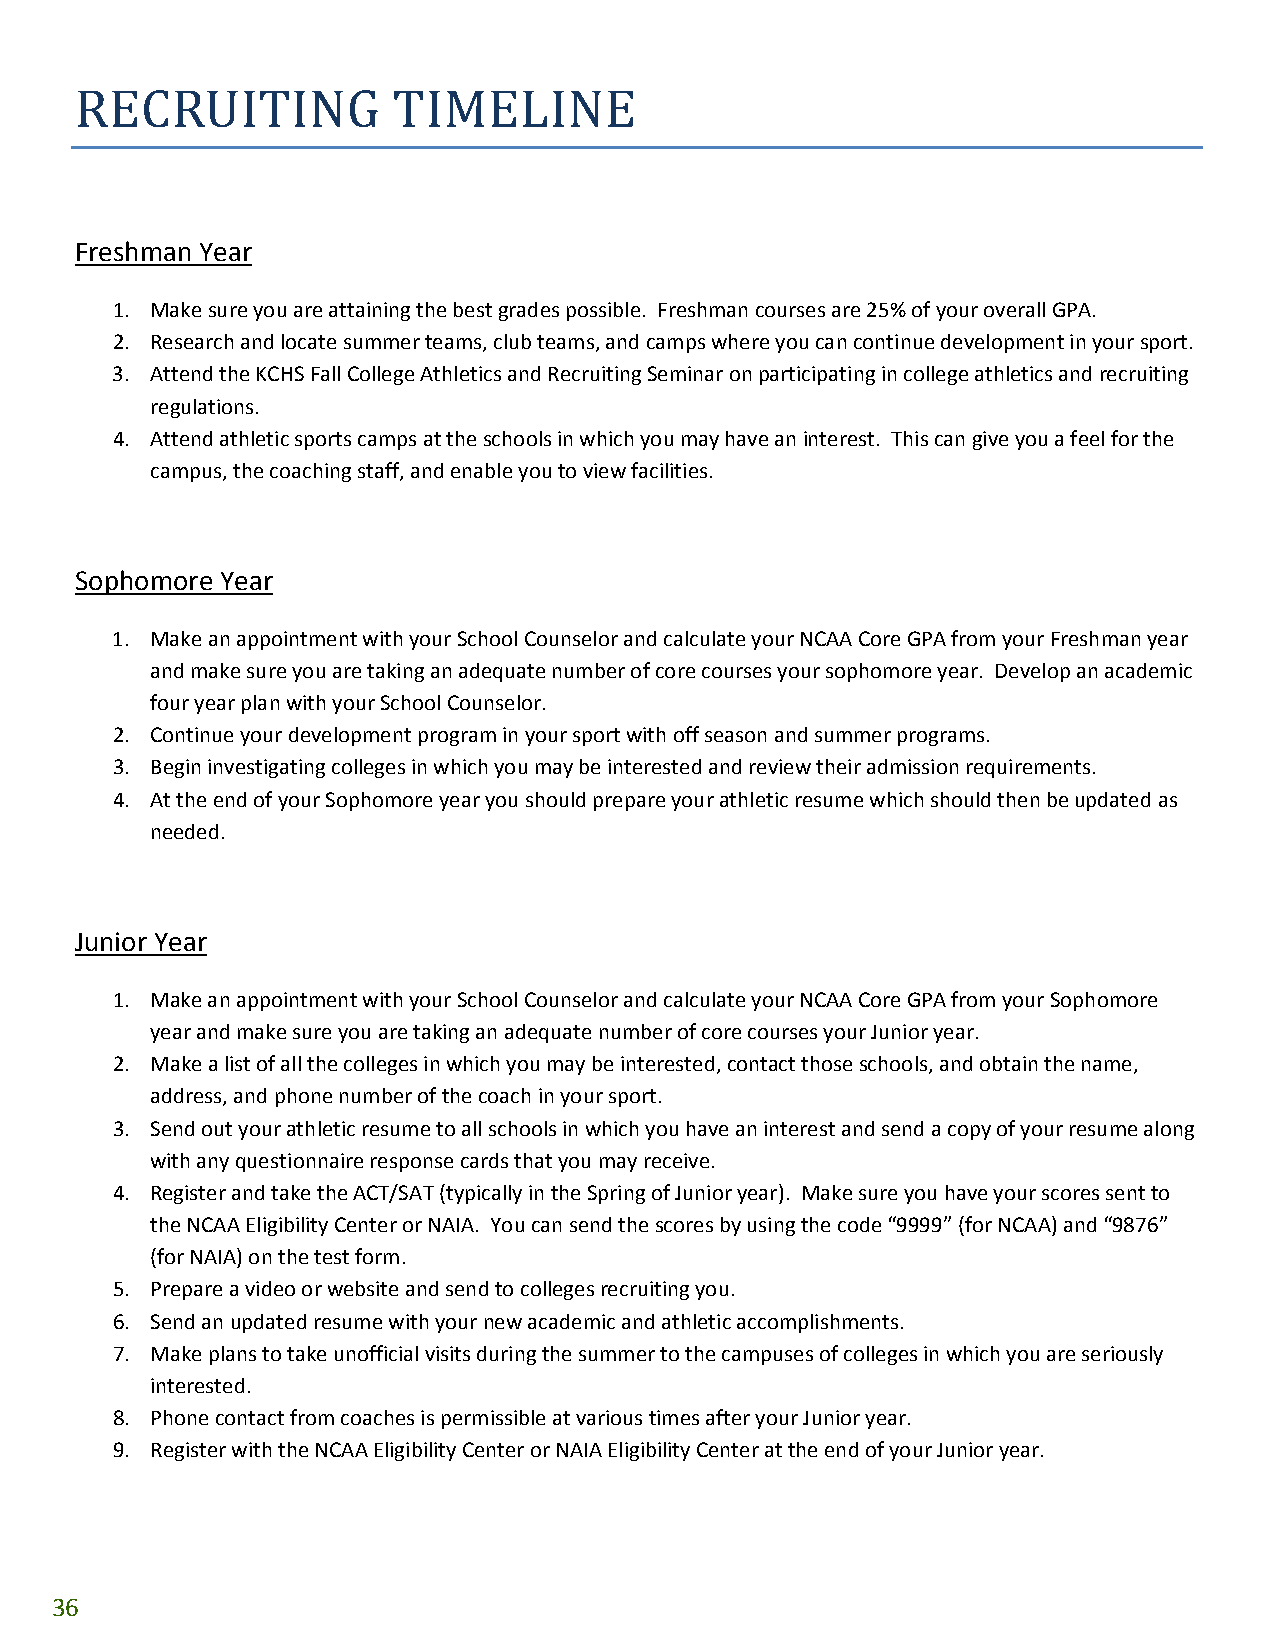
RECRUITING           TIMELINE
 Freshman Year
 1. Make sure you are attaining the best grades possible. Freshman courses are 25% of your overall GPA.
 2. Research and locate summer teams, club teams, and camps where you can continue development in your sport.
 3. Attend the KCHS Fall College Athletics and Recruiting Seminar on participating in college athletics and recruiting
 regulations.
 4. Attend athletic sports camps at the schools in which you may have an interest. This can give you a feel for the
 campus, the coaching staff, and enable you to view facilities.
 Sophomore Year
 1. Make an appointment with your School Counselor and calculate your NCAA Core GPA from your Freshman year
 and make sure you are taking an adequate number of core courses your sophomore year. Develop an academic
 four year plan with your School Counselor.
 2. Continue your development program in your sport with off season and summer programs.
 3. Begin investigating colleges in which you may be interested and review their admission requirements.
 4. At the end of your Sophomore year you should prepare your athletic resume which should then be updated as
 needed.
 Junior Year
 1. Make an appointment with your School Counselor and calculate your NCAA Core GPA from your Sophomore
 year and make sure you are taking an adequate number of core courses your Junior year.
 2. Make a list of all the colleges in which you may be interested, contact those schools, and obtain the name,
 address, and phone number of the coach in your sport.
 3. Send out your athletic resume to all schools in which you have an interest and send a copy of your resume along
 with any questionnaire response cards that you may receive.
 4. Register and take the ACT/SAT (typically in the Spring of Junior year). Make sure you have your scores sent to
 the NCAA Eligibility Center or NAIA. You can send the scores by using the code “9999” (for NCAA) and “9876”
 (for NAIA) on the test form.
 5. Prepare a video or website and send to colleges recruiting you.
 6. Send an updated resume with your new academic and athletic accomplishments.
 7. Make plans to take unofficial visits during the summer to the campuses of colleges in which you are seriously
 interested.
 8. Phone contact from coaches is permissible at various times after your Junior year.
 9. Register with the NCAA Eligibility Center or NAIA Eligibility Center at the end of your Junior year.
 36